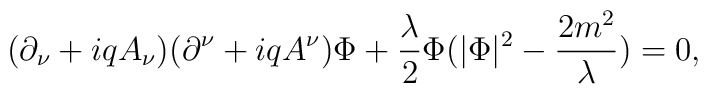
(\partial_\nu+iqA_\nu)(\partial^\nu+iqA^\nu)\Phi + \frac{\lambda}{2}\Phi(|\Phi|^2-\frac{2 m^2}{\lambda}) = 0,